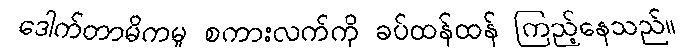
ဒေါက်တာမိကမူ စကားလက်ကို ခပ်ထန်ထန် ကြည့်နေသည်။